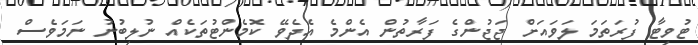
ޓުވިޓާ ފުރަތަމަ ލަވައަށް ޖަޖުންގެ ފަރާތުން އެންމެ އެދެވޭ ކޮމެންޓުތަކެއް ނުލިބުނު ނަމަވެސް